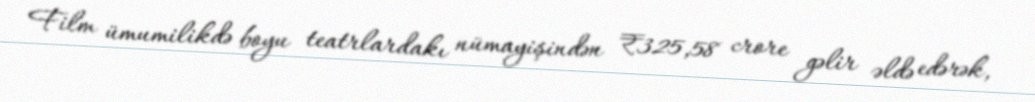
Film ümumilikdə boyu teatrlardakı nümayişindən ₹325,58 crore gəlir əldə edərək,